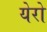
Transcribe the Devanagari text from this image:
येरो